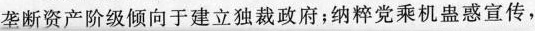
垄断资产阶级倾向于建立独裁政府；纳粹党乘机蛊惑宣传，